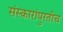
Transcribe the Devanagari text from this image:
संस्कारांपुरतीच